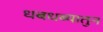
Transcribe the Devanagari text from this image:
धबधब्यातुन